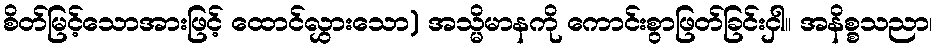
စိတ်မြင့်သောအားဖြင့် ထောင်လွှားသော) အသ္မိမာနကို ကောင်းစွာဖြတ်ခြင်းငှါ။ အနိစ္စသညာ၊